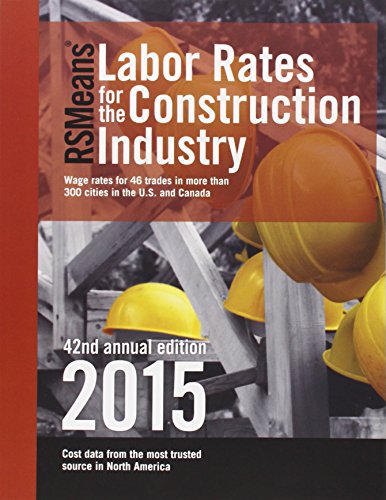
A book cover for Rsmeans Labor Rates for the Construction Industry; Arts & Photography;